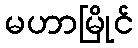
မဟာမြိုင်